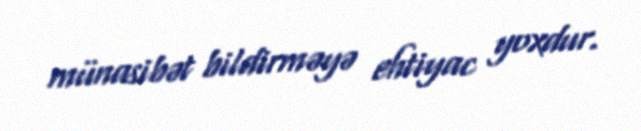
münasibət bildirməyə ehtiyac yoxdur.